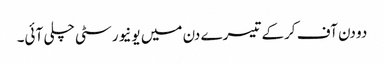
دو دن آف کرکے تیسرے دن میں یونیورسٹی چلی آئی۔